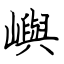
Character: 嶼